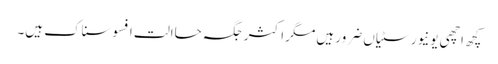
کچھ اچھی یونیورسٹیاں ضرور ہیں مگر اکثر جگہ حاالت افسوسناک ہیں۔